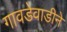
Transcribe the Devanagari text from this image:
गावडेवाडीने